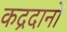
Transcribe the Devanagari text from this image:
कद्रदानों